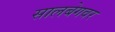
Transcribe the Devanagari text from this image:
सालबेगवर